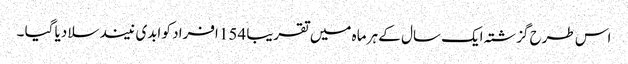
اس طرح گزشتہ ایک سال کے ہر ماہ میں تقریبا 154 افراد کو ابدی نیند سلا دیا گیا ۔